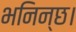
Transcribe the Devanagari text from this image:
भनिन्छ।